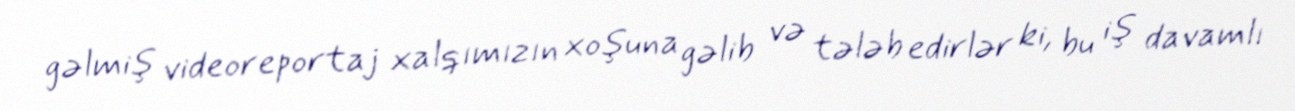
gəlmiş videoreportaj xalqımızın xoşuna gəlib və tələb edirlər ki, bu iş davamlı